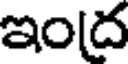
ఇంద